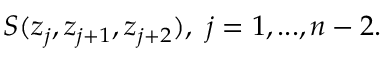
S ( z _ { j } , z _ { j + 1 } , z _ { j + 2 } ) , \ j = 1 , . . . , n - 2 .